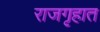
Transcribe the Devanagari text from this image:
राजगृहात